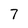
Character: 7